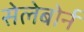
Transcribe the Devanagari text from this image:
सेलेबोर्न